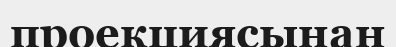
проекциясынан